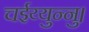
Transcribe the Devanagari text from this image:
चईय्युन्नु।